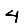
Digit: 4